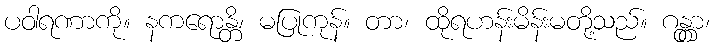
ပဝါရဏာကို။ နကရောန္တိ၊ မပြုကုန်။ တာ၊ ထိုရဟန်းမိန်းမတို့သည်။ ဂန္တွာ၊